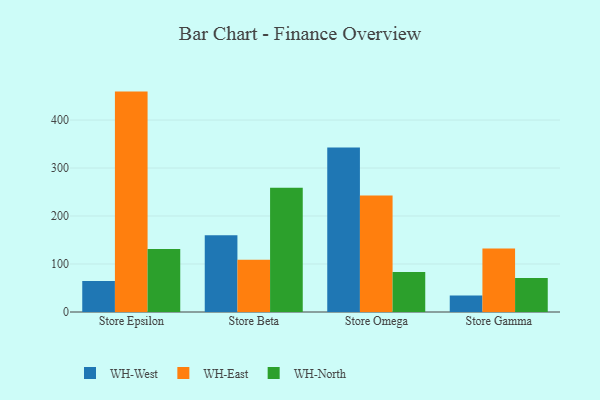
{"axis": {"x": "Store", "y": "Shipments"}, "legend": ["WH-East", "WH-North", "WH-West"], "data": [{"x": "Store Epsilon", "y": 64.6, "type": "WH-West"}, {"x": "Store Epsilon", "y": 459.3, "type": "WH-East"}, {"x": "Store Epsilon", "y": 131.2, "type": "WH-North"}, {"x": "Store Beta", "y": 160.0, "type": "WH-West"}, {"x": "Store Beta", "y": 108.9, "type": "WH-East"}, {"x": "Store Beta", "y": 259.1, "type": "WH-North"}, {"x": "Store Omega", "y": 342.7, "type": "WH-West"}, {"x": "Store Omega", "y": 243.0, "type": "WH-East"}, {"x": "Store Omega", "y": 83.6, "type": "WH-North"}, {"x": "Store Gamma", "y": 34.3, "type": "WH-West"}, {"x": "Store Gamma", "y": 132.4, "type": "WH-East"}, {"x": "Store Gamma", "y": 71.0, "type": "WH-North"}]}